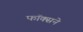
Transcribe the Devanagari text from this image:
फॉक्सने